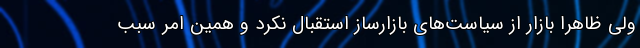
ولی ظاهرا بازار از سیاست‌های بازارساز استقبال نکرد و همین امر سبب